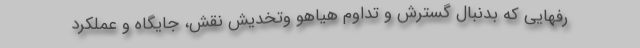
رفهایی که بدنبال گسترش و تداوم هیاهو وتخدیش نقش، جایگاه و عملکرد